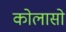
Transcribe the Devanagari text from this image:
कोलासो